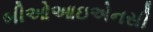
બીઓઆઇએનસી